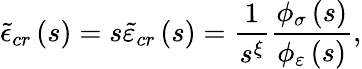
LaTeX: \tilde{\epsilon}_{cr}\left(s\right)=s\tilde{\varepsilon}_{cr}\left(s\right)=\frac{1}{s^{\xi}}\frac{\phi_{\sigma}\left(s\right)}{\phi_{\varepsilon}\left(s\right)},